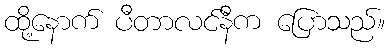
ထို့နောက် ပီတာလင်နီက ပြောသည်။